Veterinary regulations India, 1939 -
Year: 1939
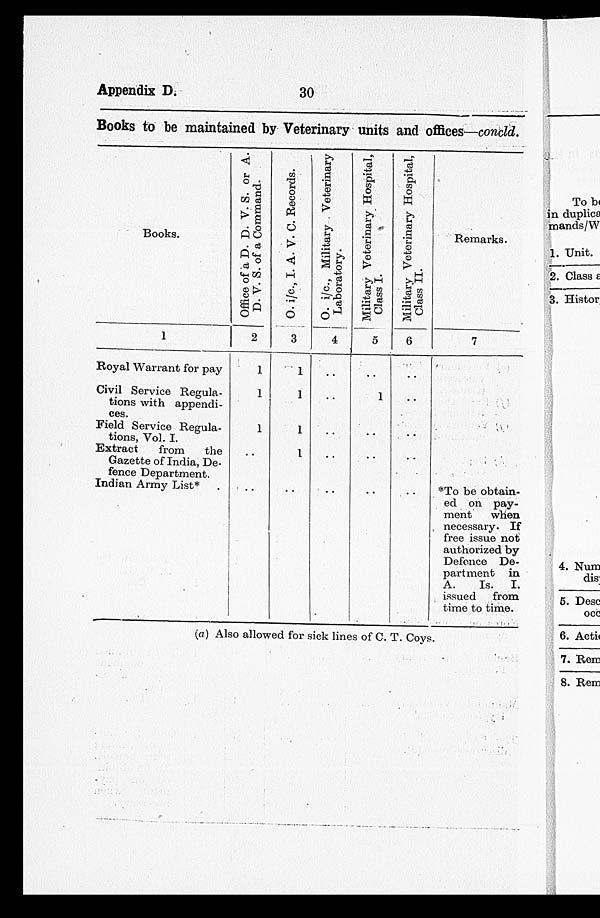
Appendix D.
30
Books to be maintained by Veterinary units and offices—concld.
Books.
1
Royal Warrant for pay
Civil Service Regula-
tions with appendi-
ces.
Field Service Regula-
tions, Vol. I.
Extract
from
the
Gazette of India, De-
fence Department.
Indian Army List* .
Office of a D. D. V. S. or A.
D. V. S. of a Command.
2
1
1
1
..
..
O.
i/c.,
I. A. V. C. Records.
3
1
1
1
1
..
O.
i/c.,
Military Veterinary
Laboratory.
4
..
..
..
..
..
Military Veterinary Hospital,
Class I.
5
..
1
..
..
..
Military Veterinary Hospital,
Class II.
6
..
..
..
..
..
Remarks.
7
*To be obtain-
ed on pay-
ment
when
necessary. If
free issue not
authorized by
Defence De-
partment in
A.
Is. I.
issued
from
time to time.
(a) Also allowed for sick lines of C. T. Coys.